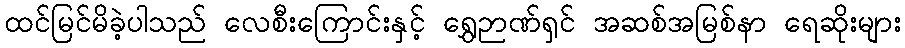
ထင်မြင်မိခဲ့ပါသည် လေစီးကြောင်းနှင့် ရွှေဉာဏ်ရှင် အဆစ်အမြစ်နာ ရေဆိုးများ